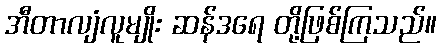
အီတာလျံလူမျိုး ဆန်ဒရေ တို့ဖြစ်ကြသည်။